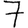
Digit: 7